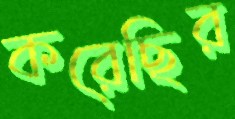
করেছির